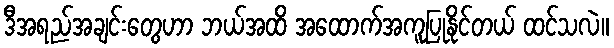
ဒီအရည်အချင်းတွေဟာ ဘယ်အထိ အထောက်အကူပြုနိုင်တယ် ထင်သလဲ။